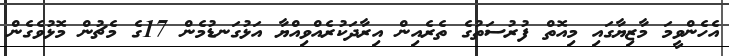
އެހެންވީމަ މާޒިޔާގައި މިއޮތް ފުރުސަތުގެ ތެރެއިން އިރާދަކުރެއްވިއްޔާ އަޅުގަނޑުމެން 17ގެ މެޗުން މޮޅުވެގެން